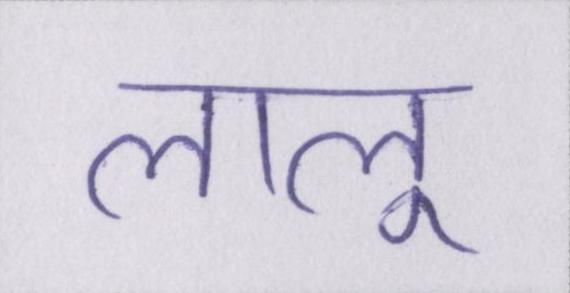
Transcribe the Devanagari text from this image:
लालू